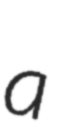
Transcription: a